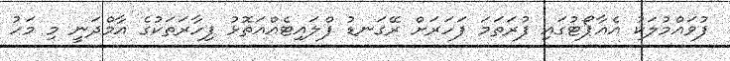
ފުވައްމުލަކު އެއާޕޯޓުގައި ފުރަތަމަ ފަހަރަށް ރޭގަނޑު ފްލައިޓެއްއަތޮޅު ފިހާރަތަކުގެ އާމްދަނީ މި މަހު